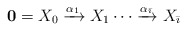
\begin{align*}\mathbf{0}=X_0 \xrightarrow{\alpha_1} X_1\cdots \xrightarrow{\alpha_{{\bar\imath}}}X_{{\bar\imath}} \end{align*}